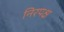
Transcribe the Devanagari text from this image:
निरपक्ष